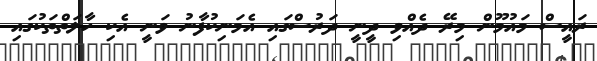
ރައީސް މައުމޫން މިރޭ ދެއްވި ދީނީ ދަރުސްގައި އެމަނިކުފާނު ވަނީ އެކި ހާލަތްތަކުގައި